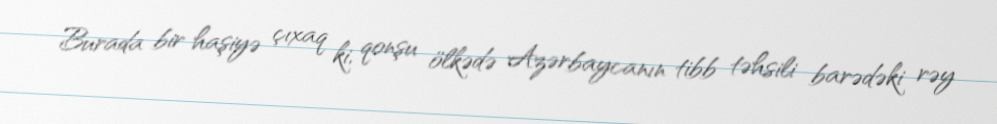
Burada bir haşiyə çıxaq ki, qonşu ölkədə Azərbaycanın tibb təhsili barədəki rəy